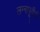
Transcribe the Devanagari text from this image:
लग्नापूर्वीची